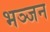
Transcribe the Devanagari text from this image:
भञ्जन